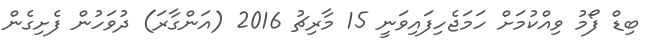
ބިޑް ފޯމު ވިއްކުމަށް ހަމަޖެހިފައިވަނީ 15 މާރިޗު 2016 (އަންގާރަ) ދުވަހުން ފެށިގެން